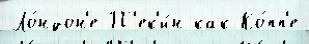
Ло́ндон'е П'ек'и́н как Ко́пп'е